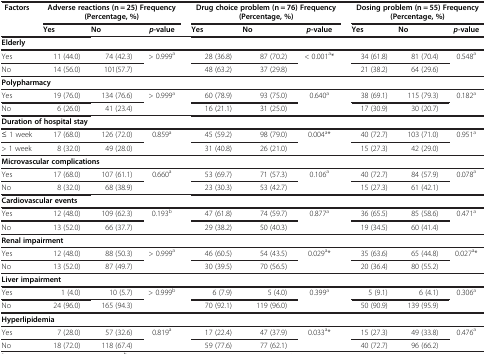
<table><thead><tr><td><b>Factors</b></td><td colspan="3"><b>Adverse reactions (n = 25) Frequency (Percentage, %)</b></td><td colspan="3"><b>Drug choice problem (n = 76) Frequency (Percentage, %)</b></td><td colspan="3"><b>Dosing problem (n = 55) Frequency (Percentage, %)</b></td></tr></thead><tbody><tr><td> </td><td><b>Yes</b></td><td><b>No</b></td><td><b><i>p</i></b><b>-value</b></td><td><b>Yes</b></td><td><b>No</b></td><td><b><i>p</i></b><b>-value</b></td><td><b>Yes</b></td><td><b>No</b></td><td><b><i>p</i></b><b>-value</b></td></tr><tr><td colspan="10"><b>Elderly</b></td></tr><tr><td>Yes</td><td>11 (44.0)</td><td>74 (42.3)</td><td rowspan="2">&gt; 0.999<sup>a</sup></td><td>28 (36.8)</td><td>87 (70.2)</td><td rowspan="2">&lt; 0.001<sup>a</sup>*</td><td>34 (61.8)</td><td>81 (70.4)</td><td rowspan="2">0.548<sup>a</sup></td></tr><tr><td>No</td><td>14 (56.0)</td><td>101(57.7)</td><td>48 (63.2)</td><td>37 (29.8)</td><td>21 (38.2)</td><td>64 (29.6)</td></tr><tr><td colspan="10"><b>Polypharmacy</b></td></tr><tr><td>Yes</td><td>19 (76.0)</td><td>134 (76.6)</td><td rowspan="2">&gt; 0.999<sup>a</sup></td><td>60 (78.9)</td><td>93 (75.0)</td><td rowspan="2">0.640<sup>a</sup></td><td>38 (69.1)</td><td>115 (79.3)</td><td rowspan="2">0.182<sup>a</sup></td></tr><tr><td>No</td><td>6 (26.0)</td><td>41 (23.4)</td><td>16 (21.1)</td><td>31 (25.0)</td><td>17 (30.9)</td><td>30 (20.7)</td></tr><tr><td colspan="10"><b>Duration of hospital stay</b></td></tr><tr><td>≤ 1 week</td><td>17 (68.0)</td><td>126 (72.0)</td><td rowspan="2">0.859<sup>a</sup></td><td>45 (59.2)</td><td>98 (79.0)</td><td rowspan="2">0.004<sup>a</sup>*</td><td>40 (72.7)</td><td>103 (71.0)</td><td rowspan="2">0.951<sup>a</sup></td></tr><tr><td>&gt; 1 week</td><td>8 (32.0)</td><td>49 (28.0)</td><td>31 (40.8)</td><td>26 (21.0)</td><td>15 (27.3)</td><td>42 (29.0)</td></tr><tr><td colspan="10"><b>Microvascular complications</b></td></tr><tr><td>Yes</td><td>17 (68.0)</td><td>107 (61.1)</td><td rowspan="2">0.660<sup>a</sup></td><td>53 (69.7)</td><td>71 (57.3)</td><td rowspan="2">0.106<sup>a</sup></td><td>40 (72.7)</td><td>84 (57.9)</td><td rowspan="2">0.078<sup>a</sup></td></tr><tr><td>No</td><td>8 (32.0)</td><td>68 (38.9)</td><td>23 (30.3)</td><td>53 (42.7)</td><td>15 (27.3)</td><td>61 (42.1)</td></tr><tr><td colspan="10"><b>Cardiovascular events</b></td></tr><tr><td>Yes</td><td>12 (48.0)</td><td>109 (62.3)</td><td rowspan="2">0.193<sup>b</sup></td><td>47 (61.8)</td><td>74 (59.7)</td><td rowspan="2">0.877<sup>a</sup></td><td>36 (65.5)</td><td>85 (58.6)</td><td rowspan="2">0.471<sup>a</sup></td></tr><tr><td>No</td><td>13 (52.0)</td><td>66 (37.7)</td><td>29 (38.2)</td><td>50 (40.3)</td><td>19 (34.5)</td><td>60 (41.4)</td></tr><tr><td colspan="10"><b>Renal impairment</b></td></tr><tr><td>Yes</td><td>12 (48.0)</td><td>88 (50.3)</td><td rowspan="2">&gt; 0.999<sup>a</sup></td><td>46 (60.5)</td><td>54 (43.5)</td><td rowspan="2">0.029<sup>a</sup>*</td><td>35 (63.6)</td><td>65 (44.8)</td><td rowspan="2">0.027<sup>a</sup>*</td></tr><tr><td>No</td><td>13 (52.0)</td><td>87 (49.7)</td><td>30 (39.5)</td><td>70 (56.5)</td><td>20 (36.4)</td><td>80 (55.2)</td></tr><tr><td colspan="10"><b>Liver impairment</b></td></tr><tr><td>Yes</td><td>1 (4.0)</td><td>10 (5.7)</td><td rowspan="2">&gt; 0.999<sup>b</sup></td><td>6 (7.9)</td><td>5 (4.0)</td><td rowspan="2">0.399<sup>a</sup></td><td>5 (9.1)</td><td>6 (4.1)</td><td rowspan="2">0.306<sup>a</sup></td></tr><tr><td>No</td><td>24 (96.0)</td><td>165 (94.3)</td><td>70 (92.1)</td><td>119 (96.0)</td><td>50 (90.9)</td><td>139 (95.9)</td></tr><tr><td colspan="10"><b>Hyperlipidemia</b></td></tr><tr><td>Yes</td><td>7 (28.0)</td><td>57 (32.6)</td><td rowspan="2">0.819<sup>a</sup></td><td>17 (22.4)</td><td>47 (37.9)</td><td rowspan="2">0.033<sup>a</sup>*</td><td>15 (27.3)</td><td>49 (33.8)</td><td rowspan="2">0.476<sup>a</sup></td></tr><tr><td>No</td><td>18 (72.0)</td><td>118 (67.4)</td><td>59 (77.6)</td><td>77 (62.1)</td><td>40 (72.7)</td><td>96 (66.2)</td></tr></tbody></table>